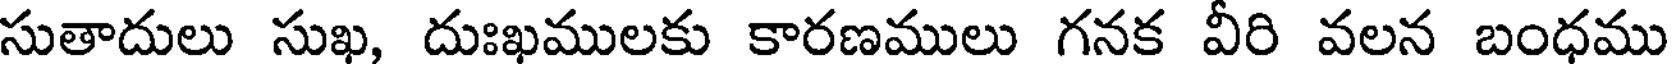
సుతాదులు సుఖ, దుఃఖములకు కారణములు గనక వీరి వలన బంధము